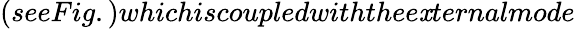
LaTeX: (seeFig.)whichiscoupledwiththee\mathit{x}ternalmode